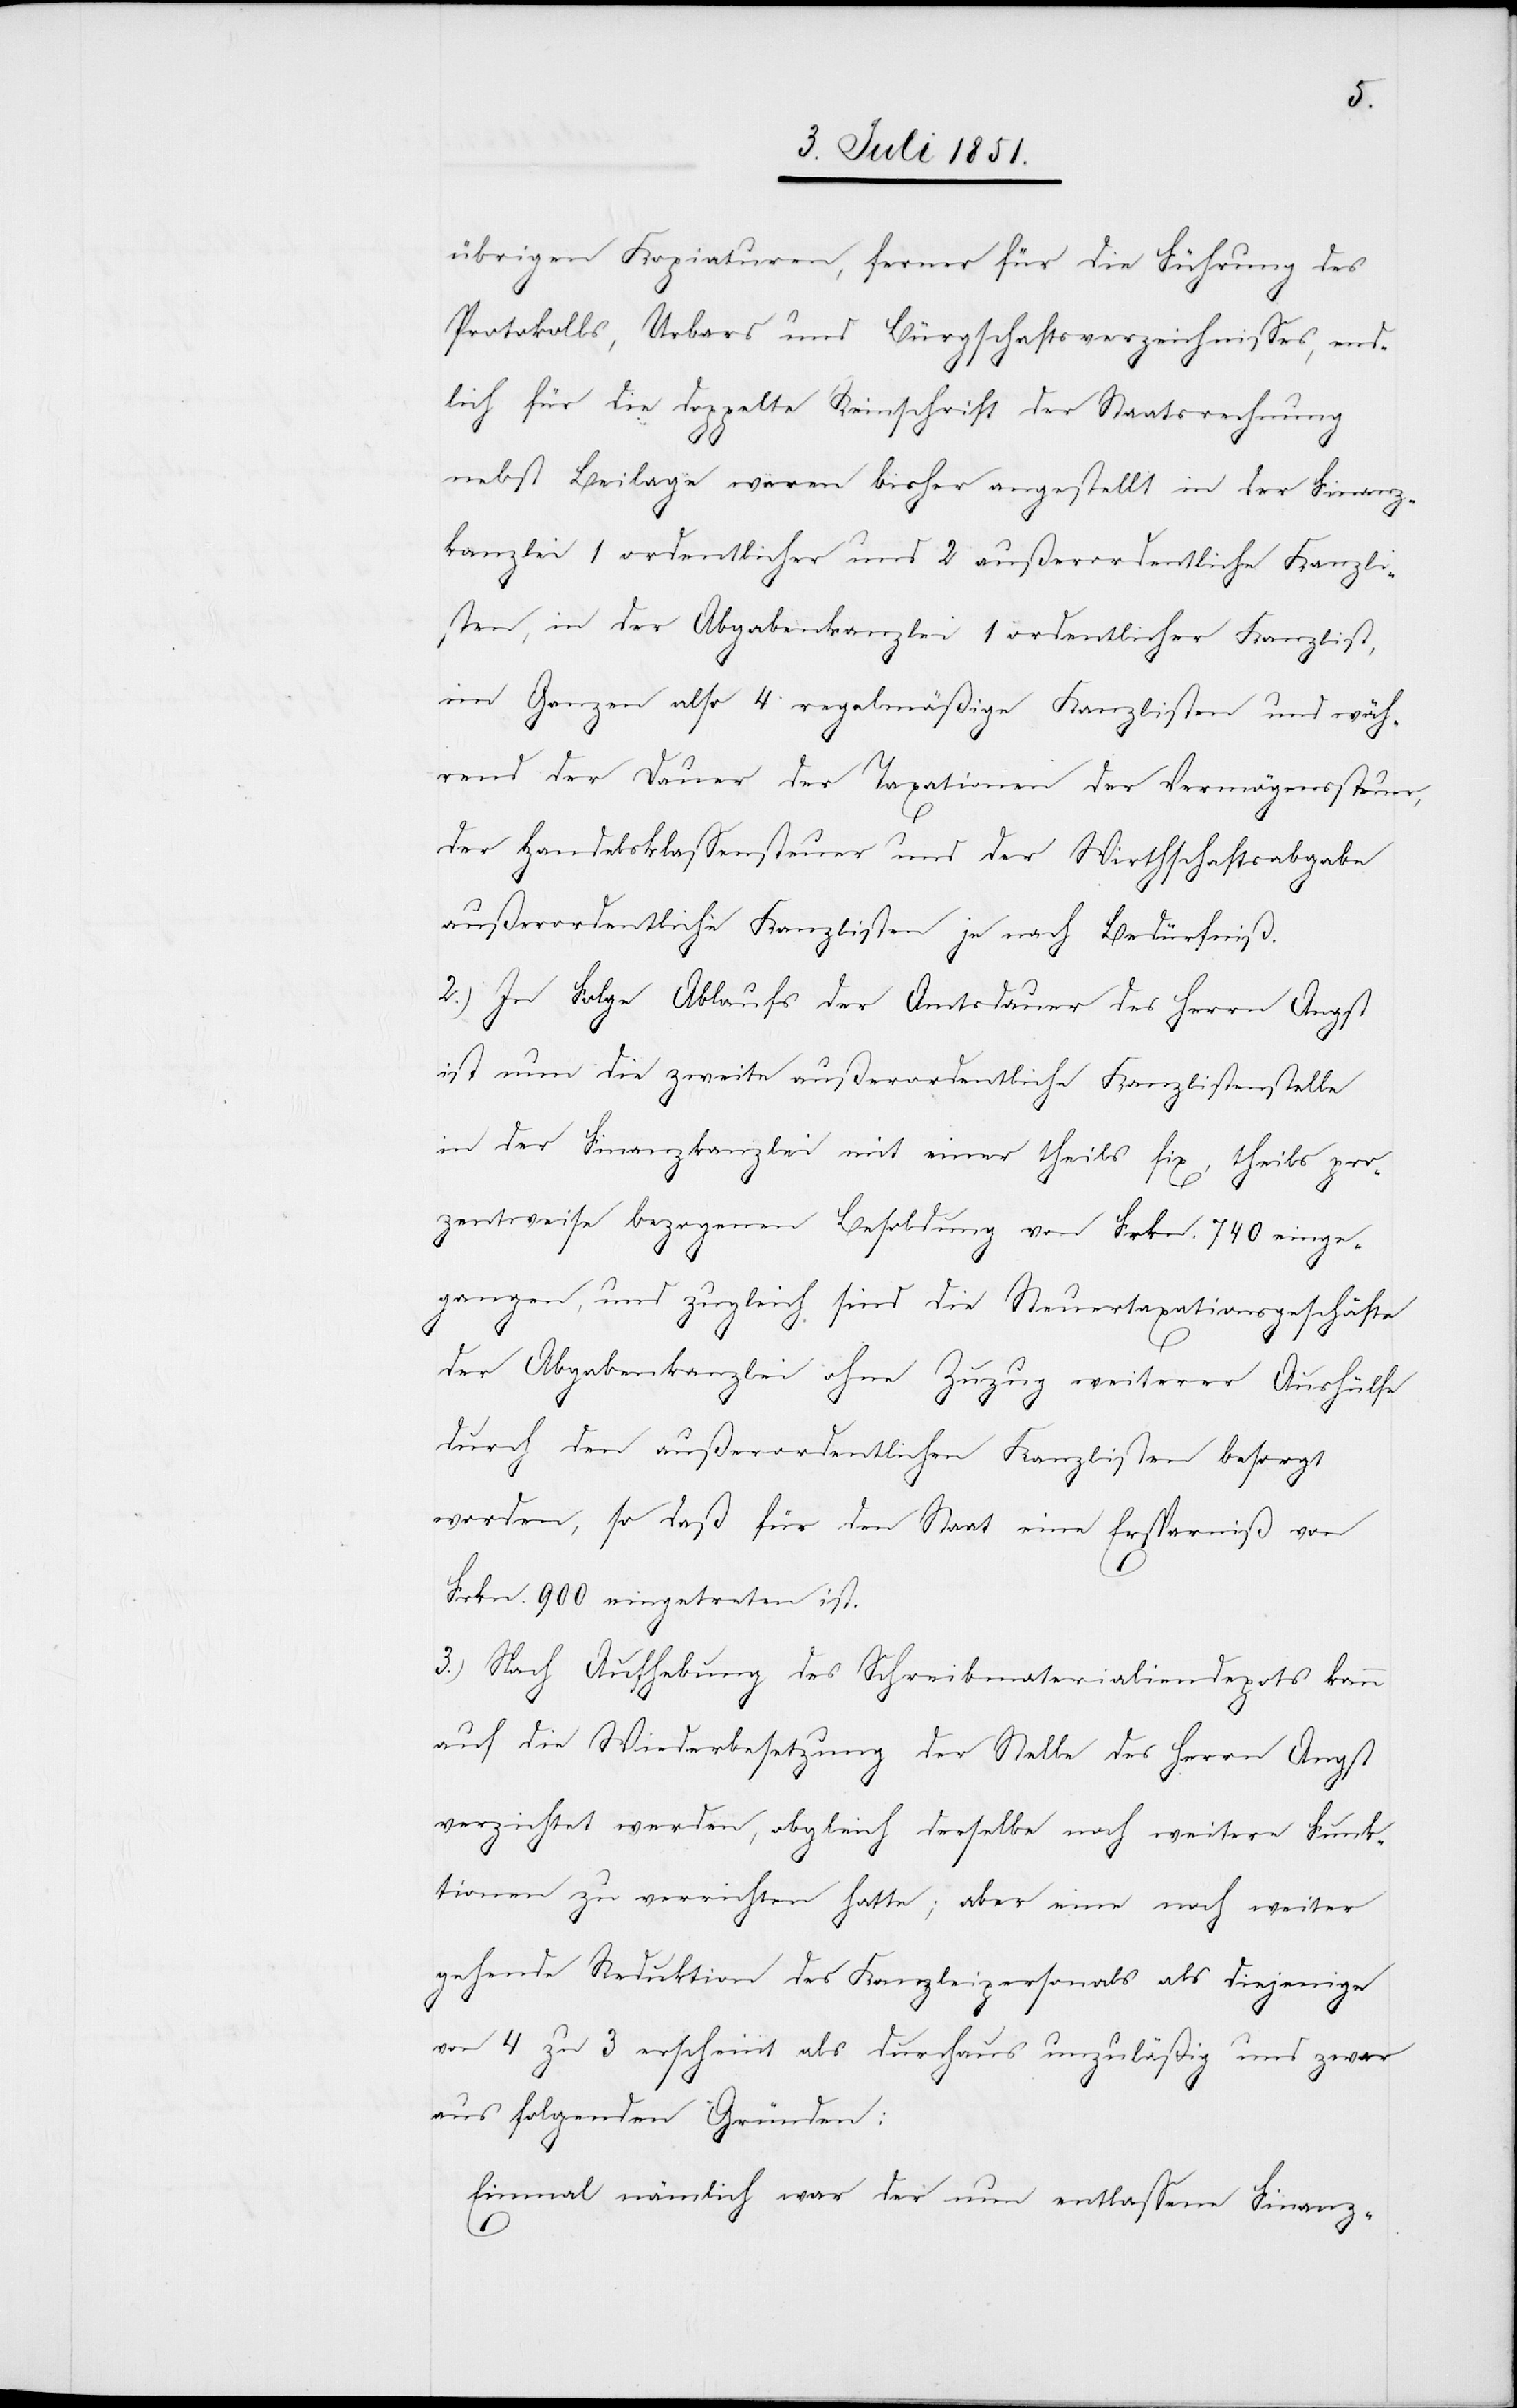
übrigen Kopiaturen, ferner für die Führung des
Protokolls, Urbars und Bürgschaftsverzeichnisses, end¬
lich für die doppelte Reinschrift der Staatsrechnung
nebst Beilage waren bisher angestellt in der Finanz¬
kanzlei 1 ordentlicher und 2 außerordentliche Kanzli¬
sten, in der Abgabenkanzlei 1 ordentlicher Kanzlist,
im Ganzen also 4 regelmäßige Kanzlisten und wäh¬
rend der Dauer der Taxationen der Vermögenssteuer,
der Handelsklassensteuer und der Wirthschaftsabgabe
außerordentliche Kanzlisten je nach Bedürfniß.
2.) In Folge Ablaufs der Amtsdauer des Herrn Angst
ist nun die zweite außerordentliche Kanzlistenstelle
in der Finanzkanzlei mit einer theils fix, theils pro¬
zentweise bezogenen Besoldung von Frkn. 740 einge¬
gangen, und zugleich sind die Steuertaxationsgeschäfte
der Abgabenkanzlei ohne Zuzug weiterer Aushülfe
durch den außerordentlichen Kanzlisten besorgt
worden, so daß für den Staat eine Ersparniß von
Frkn. 900 eingetreten ist.
3.) Nach Aufhebung des Schreibmaterialiendepots kann
auf die Wiederbesetzung der Stelle des Herrn Angst
verzichtet werden, obgleich derselbe noch weitere Funk¬
tionen zu verrichten hatte; aber eine noch weiter
gehende Reduktion des Kanzleipersonals als diejenige
von 4 zu 3 erscheint als durchaus unzuläßig und zwar
aus folgenden Gründen:
Einmal nämlich war der nun entlassene Finanz-